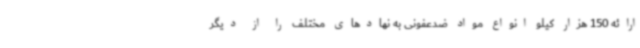
ارائه 150 هزار کیلو انواع مواد ضدعفونی به نهادهای مختلف را از دیگر